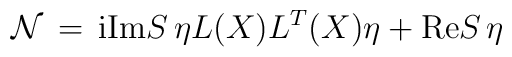
{\cal N}\, = \, {\rm i} {\rm Im}S \, \eta L(X) L^T(X) \eta+ {\rm Re}S \, \eta